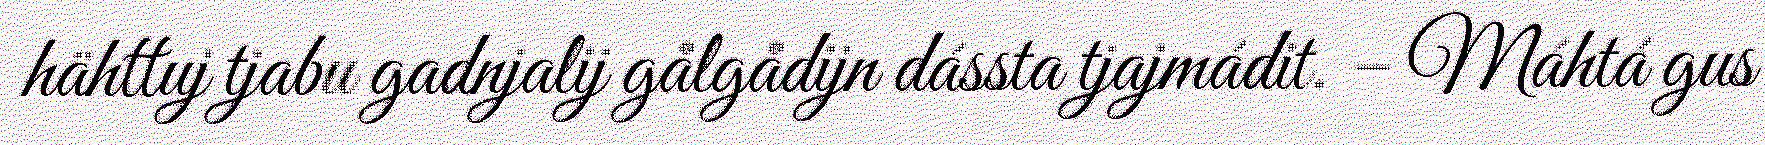
hähttuj tjabu gadnjalij gålgådijn dássta tjajmádit. – Máhtá gus